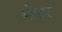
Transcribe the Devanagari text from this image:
भीतरः